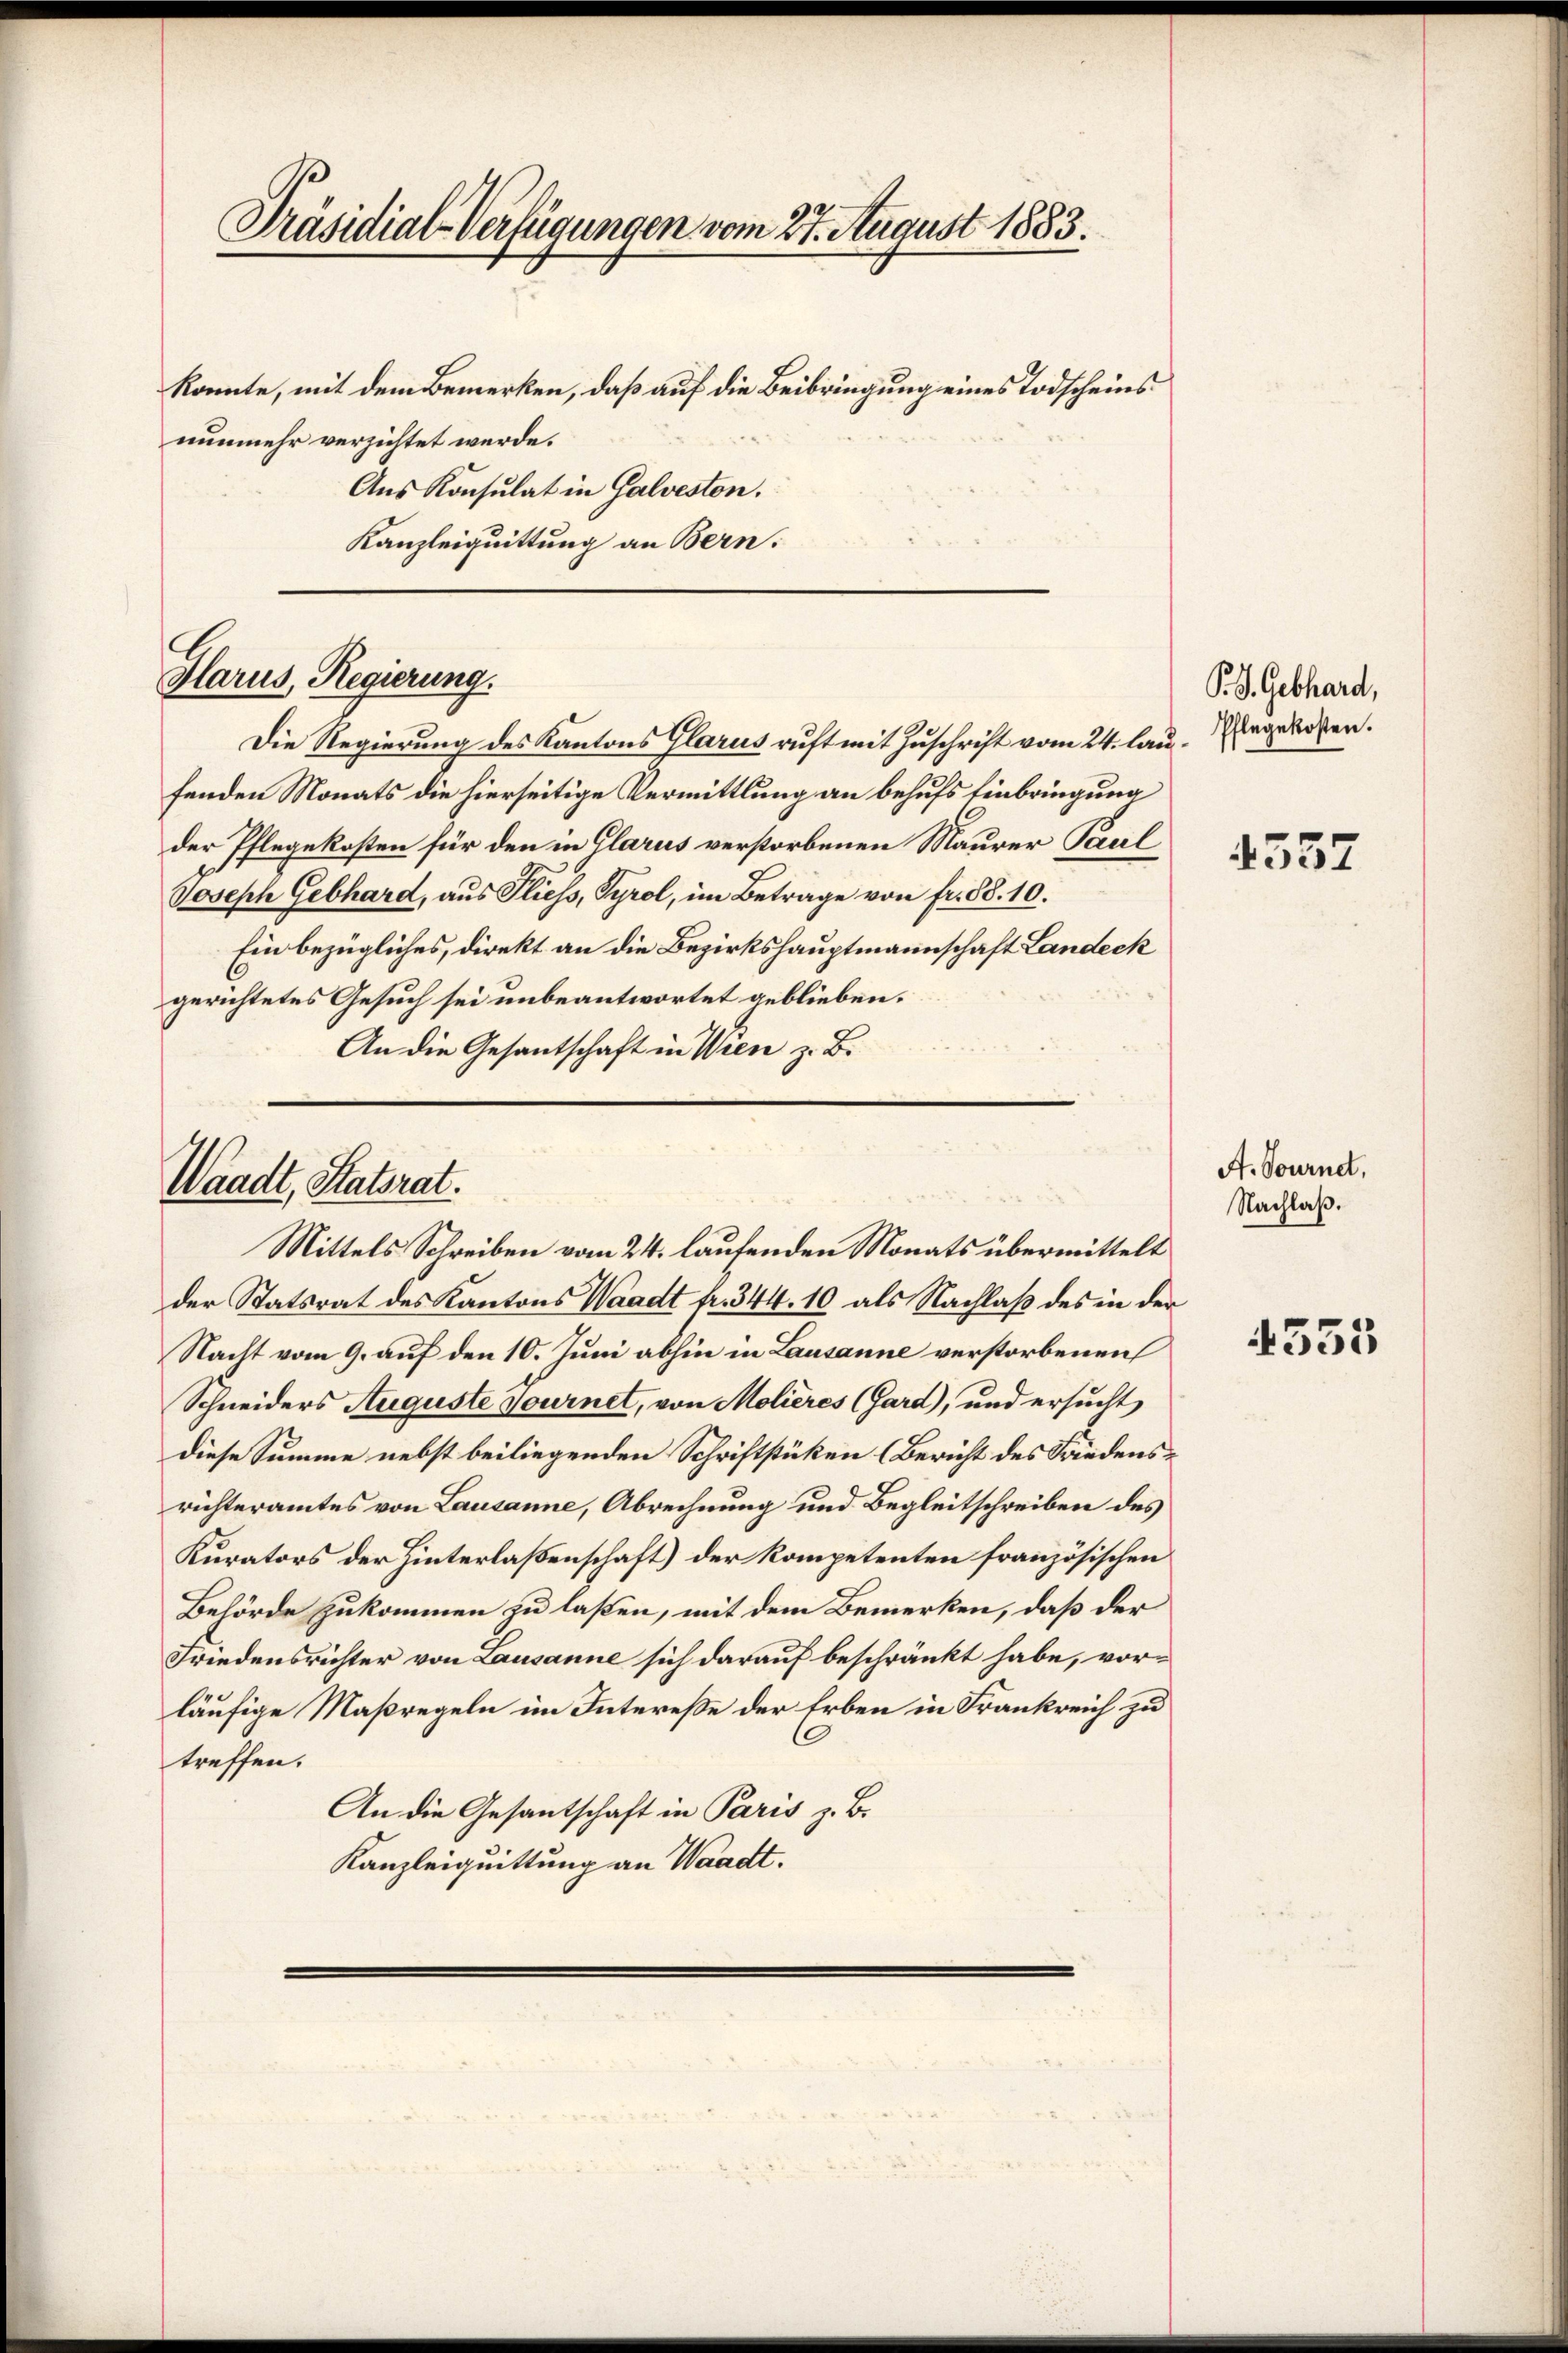
Aus Konsulat in Galvesten.
Kanzleiquittung an Bern:

Präsidial-Verfügungen vom 27. August 1883.
konnte, mit dem Bemerken, daß auf die Beibringung eines Todscheins
nunmehr verzichtet werde.

Glarus, Regierung.

Die Regierung des Kantons Glarus ruft mit Zuschrift vom 24. lau. Eingekosten.
fenden Monats die hierseitige Vermittlung an behufs Einbringung
der Pflegekosten für den in Glarus verstorbenen Maurer Paul
Joseph Gebhard, aus Fliess, Tyrol, im Betrage von fr. 88. 10.
Ein bezügliches, direkt an die Bezirkshauptmannschaft Landeck
gerichtetes Gesuch sei unbeantwortet geblieben.
An die Gesantschaft in Wien z. B.

Waadt, Statsrat.

Mittels Schreiben vom 24. laufenden Monats übermittelt
der Statsrat des Kantons Waadt fr. 344. 10 als Nachlaß des in der
Nacht vom 9. auf den 10. Juni abhin in Lausanne verstorbenen
Schneiders Auguste Journet, von Molieres (Gard), und ersucht,
diese Summe nebst beiliegenden Schriftstüken (Bericht des Friedensrichteramtes von Lausanne, Abrechnung und Begleitschreiben des
Kurators der Hinterlaßenschaft) der Kompetenten französischen
Behörde zukommen zu laßen, mit dem Bemerken, daß der
Friedensrichter von Lausanne sich darauf beschränkt habe, vor-
läufige Maßregeln im Interesse der Erben in Frankreich zu
treffen.
An die Gesantschaft in Paris z. B.
Kanzleiquittung an Waadt.

P.S. Gebhard,

4557

A. Tournet,
Nachlaß.

4555